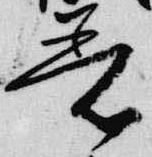
着